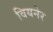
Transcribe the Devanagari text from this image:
वियनेर